画像に写った文字を読んでください
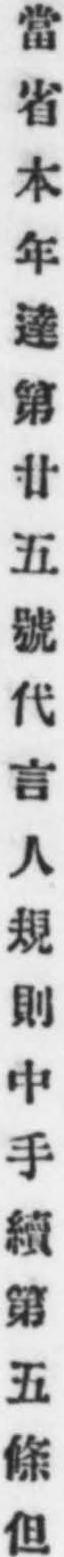
「當省本年達第廿五號代言人規則中手續第五條但」と書いてあります